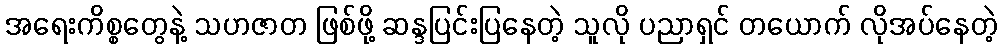
အရေးကိစ္စတွေနဲ့ သဟဇာတ ဖြစ်ဖို့ ဆန္ဒပြင်းပြနေတဲ့ သူလို ပညာရှင် တယောက် လိုအပ်နေတဲ့